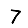
Digit: 7